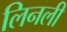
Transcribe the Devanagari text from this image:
लिनली